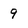
Character: 9